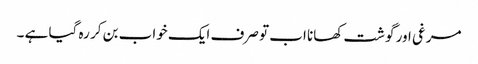
مرغی اور گوشت کھانا اب تو صرف ایک خواب بن کر رہ گیا ہے ۔